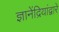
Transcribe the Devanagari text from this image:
ज्ञानेंद्रियांद्वारे